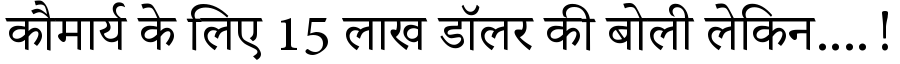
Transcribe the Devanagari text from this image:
कौमार्य के लिए 15 लाख डॉलर की बोली लेकिन....!